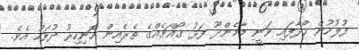
ފުލުހުން ހޯދާފައި ވަނީ މާމެންދޫ ފަޅު ގޯއްޗެއްގެ ތެރެއިން ހޮނިހިރު ދުވަހު އެވެ.